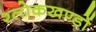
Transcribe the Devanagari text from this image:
श्लोकखण्डों